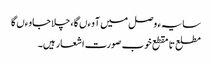
سایہء وصل میں آوءں گا ، چلا جاوءں گا
مطلع تا مقطع خوب صورت اشعار ہیں۔